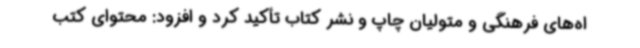
اه‌های فرهنگی و متولیان چاپ و نشر کتاب تأکید کرد و افزود: محتوای کتب